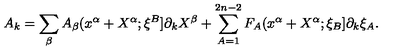
A _ { k } = \sum _ { \beta } A _ { \beta } ( x ^ { \alpha } + X ^ { \alpha } ; \xi ^ { B } ] \partial _ { k } X ^ { \beta } + \sum _ { A = 1 } ^ { 2 n - 2 } F _ { A } ( x ^ { \alpha } + X ^ { \alpha } ; \xi _ { B } ] \partial _ { k } \xi _ { A } .